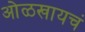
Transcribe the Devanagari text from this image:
ओळखायचं